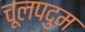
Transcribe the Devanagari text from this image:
चूलपदुम